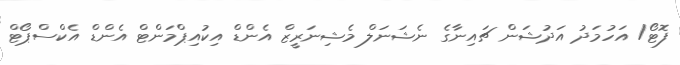
ފޮޓޯ/ އަހުމަދު އަދުޝަން ޗައިނާގެ ނެޝަނަލް މެޝިނަރީޒް އެންޑް އިކުއިޕްމަންޓް އެންޑް އެކްސްޕޯޓް